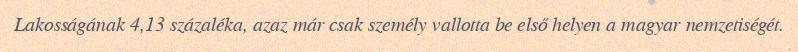
Lakosságának 4,13 százaléka, azaz már csak személy vallotta be első helyen a magyar nemzetiségét.